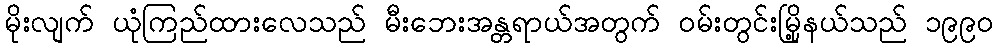
မိုးလျက် ယုံကြည်ထားလေသည် မီးဘေးအန္တရာယ်အတွက် ဝမ်းတွင်းမြို့နယ်သည် ၁၉၉၀